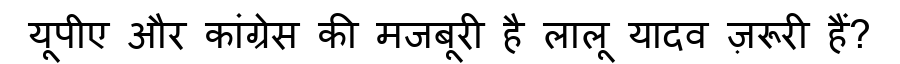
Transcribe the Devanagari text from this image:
यूपीए और कांग्रेस की मजबूरी है लालू यादव ज़रूरी हैं?